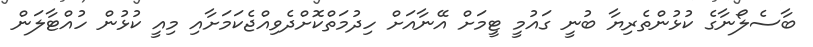
ބާސެލޯނާގެ ކުޅުންތެރިޔާ ބުނީ ގައުމީ ޓީމަށް އޭނާއަށް ހިދުމަތްކޮށްދެވިއްޖެކަމަށާއި މިއީ ކުޅުން ހުއްޓާލަން